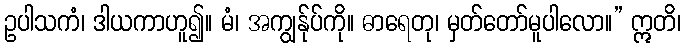
ဥပါသကံ၊ ဒါယကာဟူ၍။ မံ၊ အကျွန်ုပ်ကို။ ဓာရေတု၊ မှတ်တော်မူပါလော။” ဣတိ၊